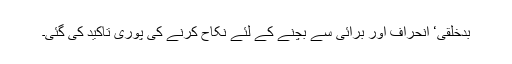
بدخلقی‘ انحراف اور برائی سے بچنے کے لئے نکاح کرنے کی پوری تاکید کی گئی۔